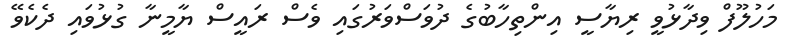
މަހުލޫފް ވިދާޅުވީ ރިޔާސީ އިންތިހާބުގެ ދުވަސްވަރުގައި ވެސް ރައީސް ޔާމީނާ ގުޅުވައި ދެކެވޭ